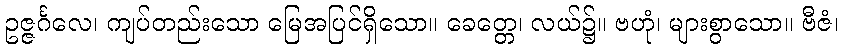
ဥဇ္ဇင်္ဂလေ၊ ကျပ်တည်းသော မြေအပြင်ရှိသော။ ခေတ္တေ၊ လယ်၌။ ဗဟုံ၊ များစွာသော။ ဗီဇံ၊